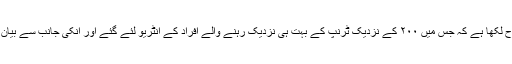
والف نے اس کتاب کو ۱۸ مہینہ کے دورانیہ کو ضبط تحریر میں لاتے ہوئے اس طرح لکھا ہے کہ جس میں ۲۰۰ کے نزدیک ٹرنپ کے بہت ہی نزدیک رہنے والے افراد کے انٹریو لئے گئے اور انکی جانب سے بیان شدہ حقائق کی روشنی میں ٹرنپ کی کی شخصیت کو پیش کرنے کی کوشش کی ہے ۔